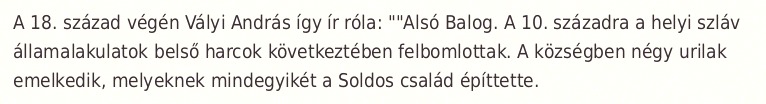
A 18. század végén Vályi András így ír róla: ""Alsó Balog. A 10. századra a helyi szláv államalakulatok belső harcok következtében felbomlottak. A községben négy urilak emelkedik, melyeknek mindegyikét a Soldos család építtette.